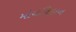
મોયનિહાન